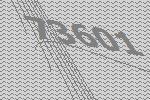
73601